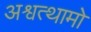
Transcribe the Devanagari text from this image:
अश्वत्थामो